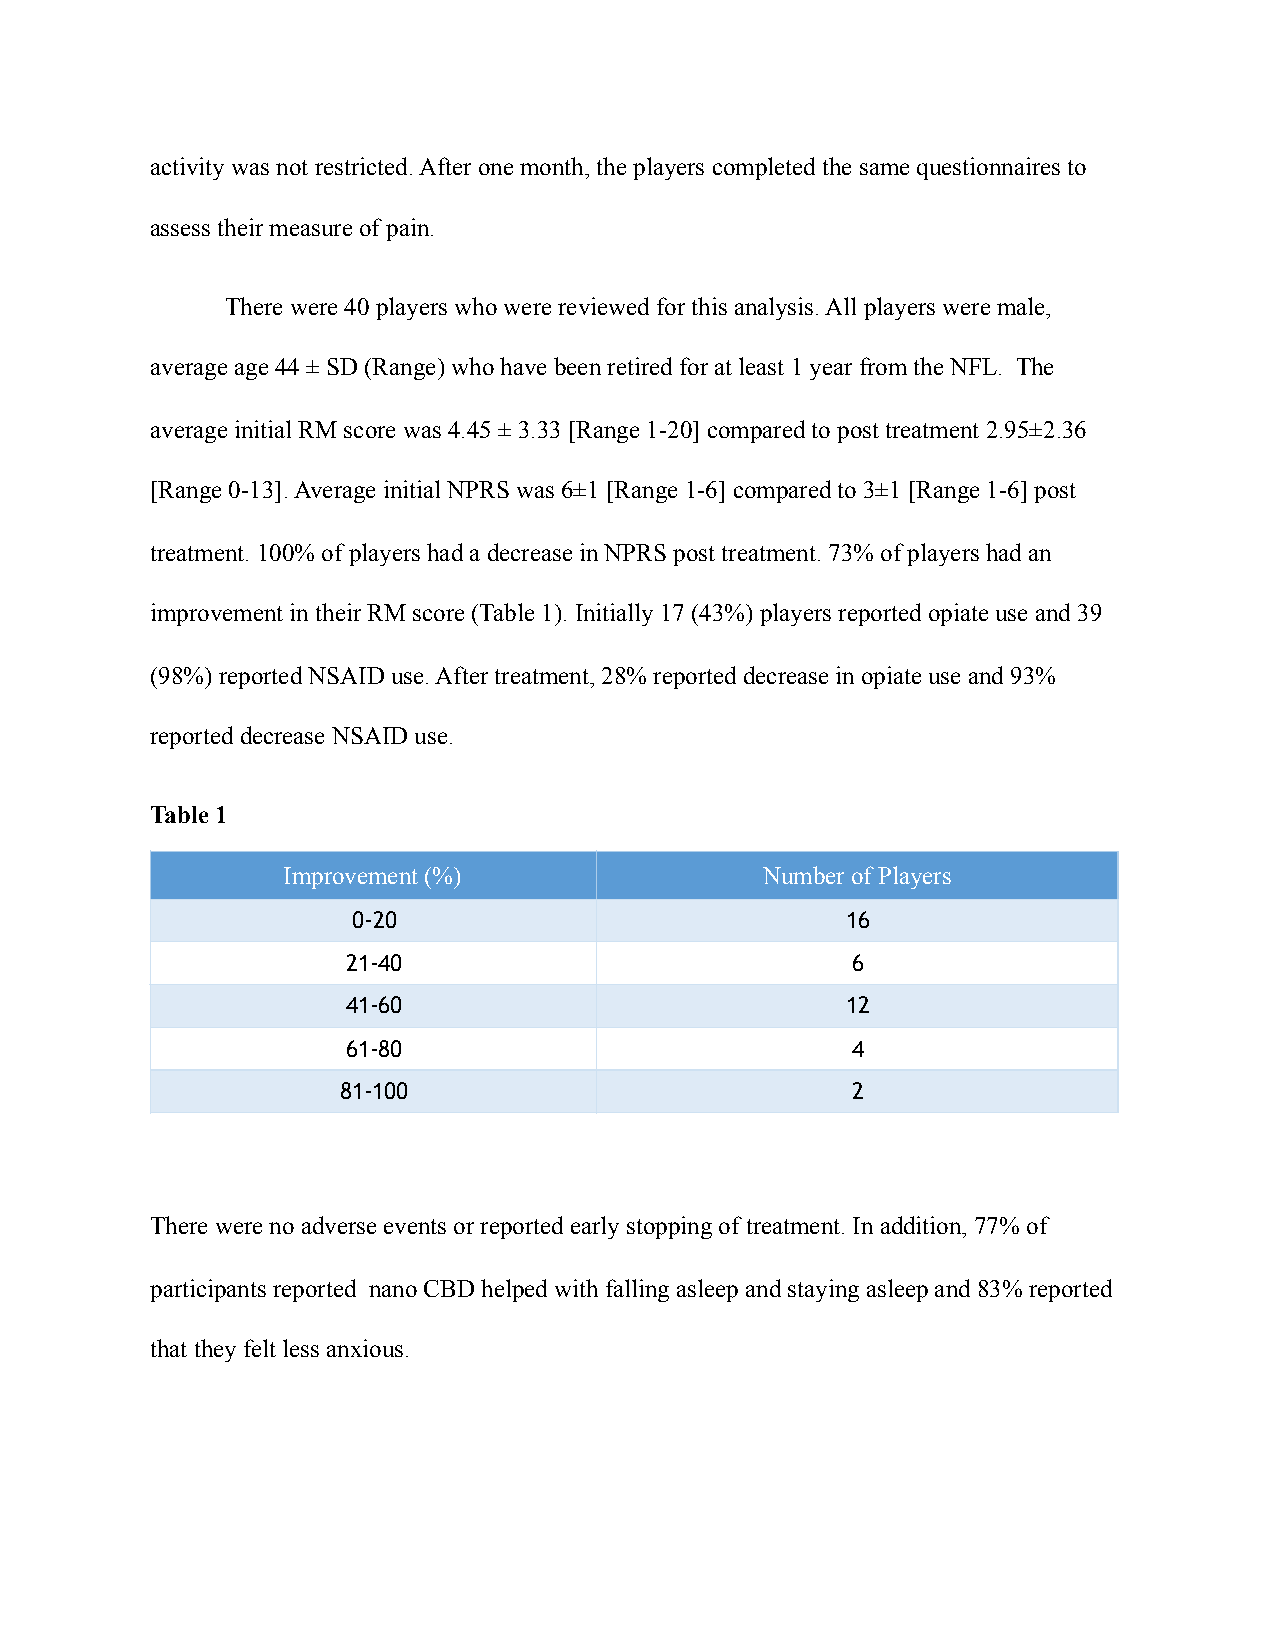
activity was not restricted. After one month, the players completed the same questionnaires to
 assess their measure of pain.
 There were 40 players who were reviewed for this analysis. All players were male,
 average age 44 ± SD (Range) who have been retired for at least 1 year from the NFL. The
 average initial RM score was 4.45 ± 3.33 [Range 1-20] compared to post treatment 2.95±2.36
 [Range 0-13]. Average initial NPRS was 6±1 [Range 1-6] compared to 3±1 [Range 1-6] post
 treatment. 100% of players had a decrease in NPRS post treatment. 73% of players had an
 improvement in their RM score (Table 1). Initially 17 (43%) players reported opiate use and 39
 (98%) reported NSAID use. After treatment, 28% reported decrease in opiate use and 93%
 reported decrease NSAID use.
 Table 1
 Improvement (%)                Number of Players
 0-20                             16
 21-40                            6
 41-60                            12
 61-80                            4
 81-100                            2
 There were no adverse events or reported early stopping of treatment. In addition, 77% of
 participants reported nano CBD helped with falling asleep and staying asleep and 83% reported
 that they felt less anxious.